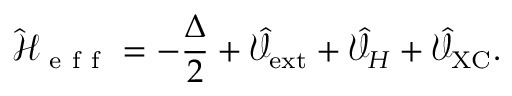
\hat { \mathcal { H } } _ { \mathrm { ~ e ~ f ~ f ~ } } = - \frac { \Delta } { 2 } + \hat { \mathcal { V } } _ { \mathrm { e x t } } + \hat { \mathcal { V } } _ { H } + \hat { \mathcal { V } } _ { \mathrm { X C } } .